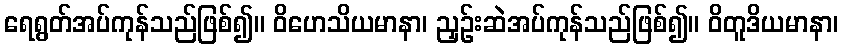
ရေရွတ်အပ်ကုန်သည်ဖြစ်၍။ ဝိဟေသိယမာနာ၊ ညှဉ်းဆဲအပ်ကုန်သည်ဖြစ်၍။ ဝိတူဒိယမာနာ၊